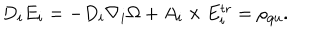
D _ { i } E _ { i } = - D _ { i } \nabla _ { i } \Omega + A _ { i } \times E _ { i } ^ { \mathrm { t r } } = \rho _ { \mathrm { q u } } .